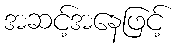
အဆင့်အနေဖြင့်